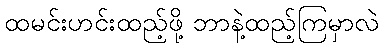
ထမင်းဟင်းထည့်ဖို့ ဘာနဲ့ထည့်ကြမှာလဲ